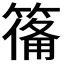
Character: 𮅴